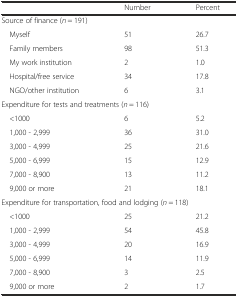
|  | Number | Percent |
 | --- | --- | --- |
 | <COLSPAN=3> Source of finance (n = 191) |
 | Myself | 51 | 26.7 |
 | Family members | 98 | 51.3 |
 | My work institution | 2 | 1.0 |
 | Hospital/free service | 34 | 17.8 |
 | NGO/other institution | 6 | 3.1 |
 | <COLSPAN=3> Expenditure for tests and treatments (n = 116) |
 | <1000 | 6 | 5.2 |
 | 1,000 - 2,999 | 36 | 31.0 |
 | 3,000 - 4,999 | 25 | 21.6 |
 | 5,000 - 6,999 | 15 | 12.9 |
 | 7,000 - 8,900 | 13 | 11.2 |
 | 9,000 or more | 21 | 18.1 |
 | <COLSPAN=3> Expenditure for transportation, food and lodging (n = 118) |
 | <1000 | 25 | 21.2 |
 | 1,000 - 2,999 | 54 | 45.8 |
 | 3,000 - 4,999 | 20 | 16.9 |
 | 5,000 - 6,999 | 14 | 11.9 |
 | 7,000 - 8,900 | 3 | 2.5 |
 | 9,000 or more | 2 | 1.7 |